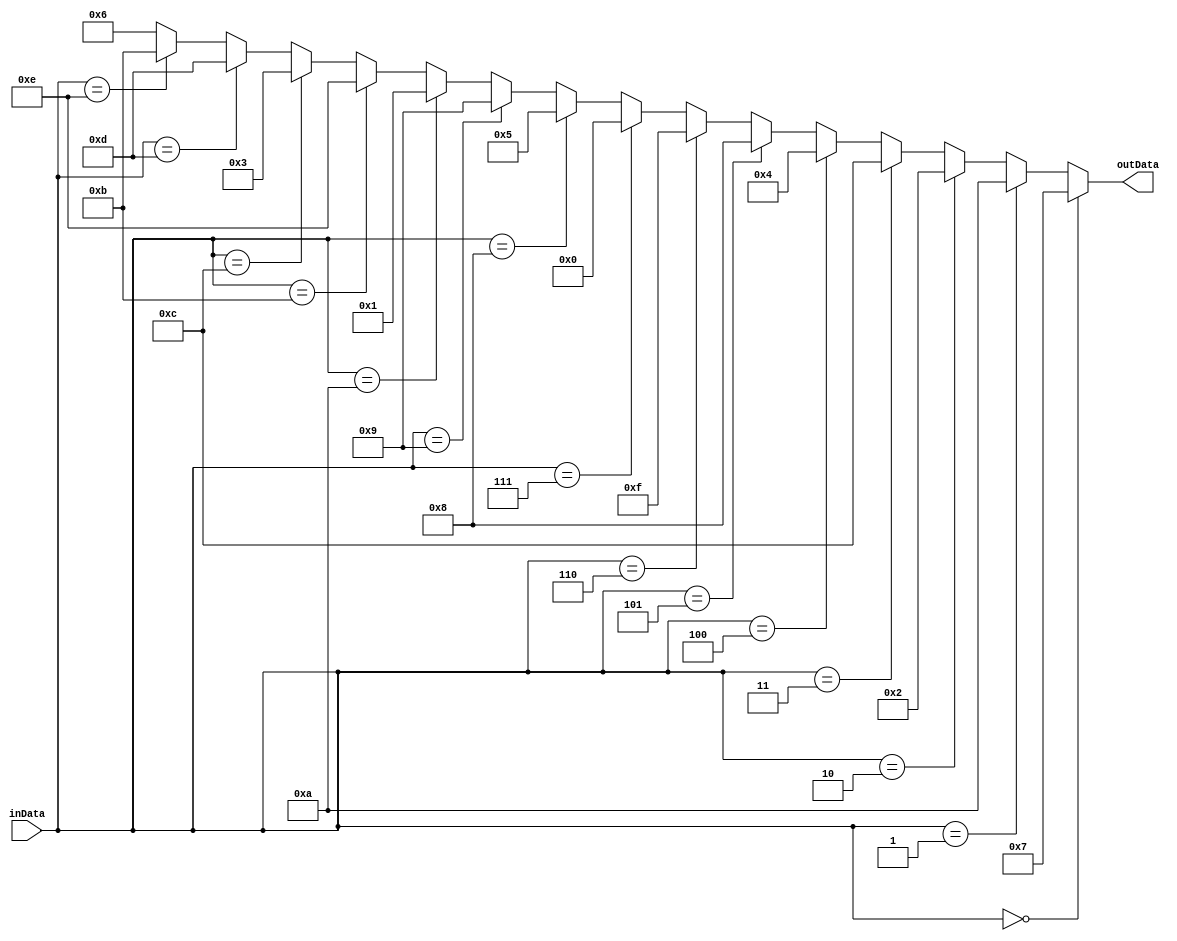
// Modu realizuje sboxa uywanego w operacji Gamma

module NoekeonGammaSbox(
	input wire	[3:0] inData,
	output wire	[3:0]	outData

);

assign outData =
	(inData == 4'h0) ? 4'h7:
	(inData == 4'h1) ? 4'hA:
	(inData == 4'h2) ? 4'h2:
	(inData == 4'h3) ? 4'hC:
	(inData == 4'h4) ? 4'h4:
	(inData == 4'h5) ? 4'h8:
	(inData == 4'h6) ? 4'hF:
	(inData == 4'h7) ? 4'h0:
	(inData == 4'h8) ? 4'h5:
	(inData == 4'h9) ? 4'h9:
	(inData == 4'hA) ? 4'h1:
	(inData == 4'hB) ? 4'hE:
	(inData == 4'hC) ? 4'h3:
	(inData == 4'hD) ? 4'hD:
	(inData == 4'hE) ? 4'hB:
	4'h6;	
endmodule